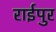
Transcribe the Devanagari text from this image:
राईपुर